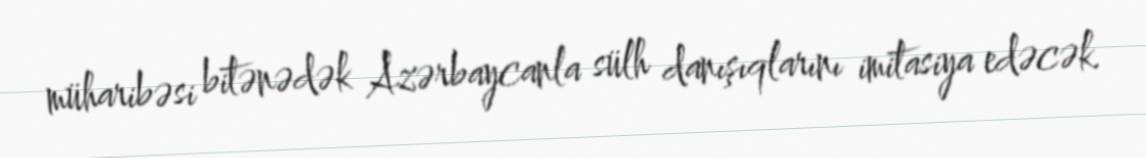
müharibəsi bitənədək Azərbaycanla sülh danışıqlarını imitasiya edəcək.